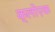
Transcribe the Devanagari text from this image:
क्लोएक